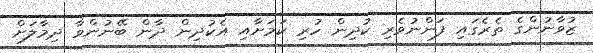
ޒުވާނުންގެ ތެރެގައި ފަންނުވެރި ކުދިން ހުރި ކަމަށާއި އެކުދިން ދާން ބޭނުންވާ ދިމާލަށް